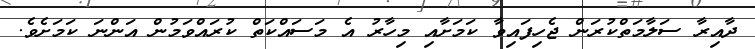
ދާއިރާ ސަލާމަތްކުރަން ޖެހިފައިވާ ކަމަށާއި މިހާރު އެ މަސައްކަތް ކުރައްވަމުން އަންނަ ކަމަށެވެ.